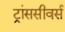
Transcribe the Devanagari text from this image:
ट्रांससीवर्स